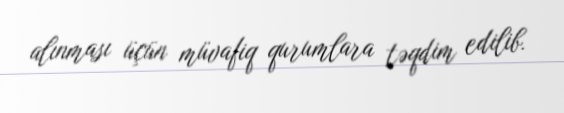
alınması üçün müvafiq qurumlara təqdim edilib.